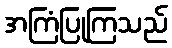
အကြံပြုကြသည်